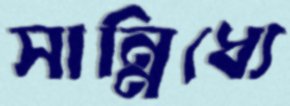
সান্নিধ্যে